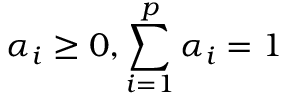
\alpha _ { i } \geq 0 , \sum _ { i = 1 } ^ { p } \alpha _ { i } = 1